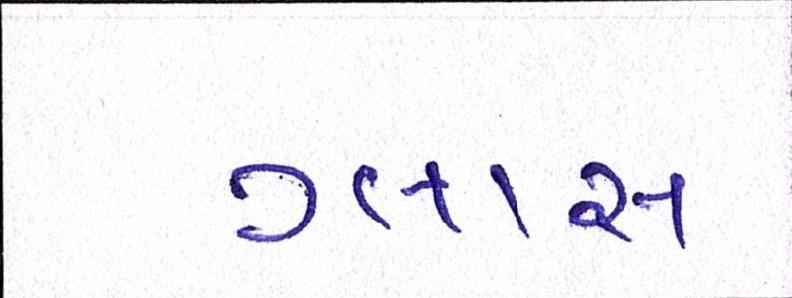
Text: ગ્લાસ